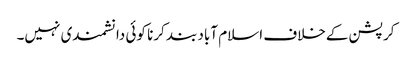
کرپشن کےخلاف اسلام آباد بند کرنا کوئی دانشمندی نہیں۔